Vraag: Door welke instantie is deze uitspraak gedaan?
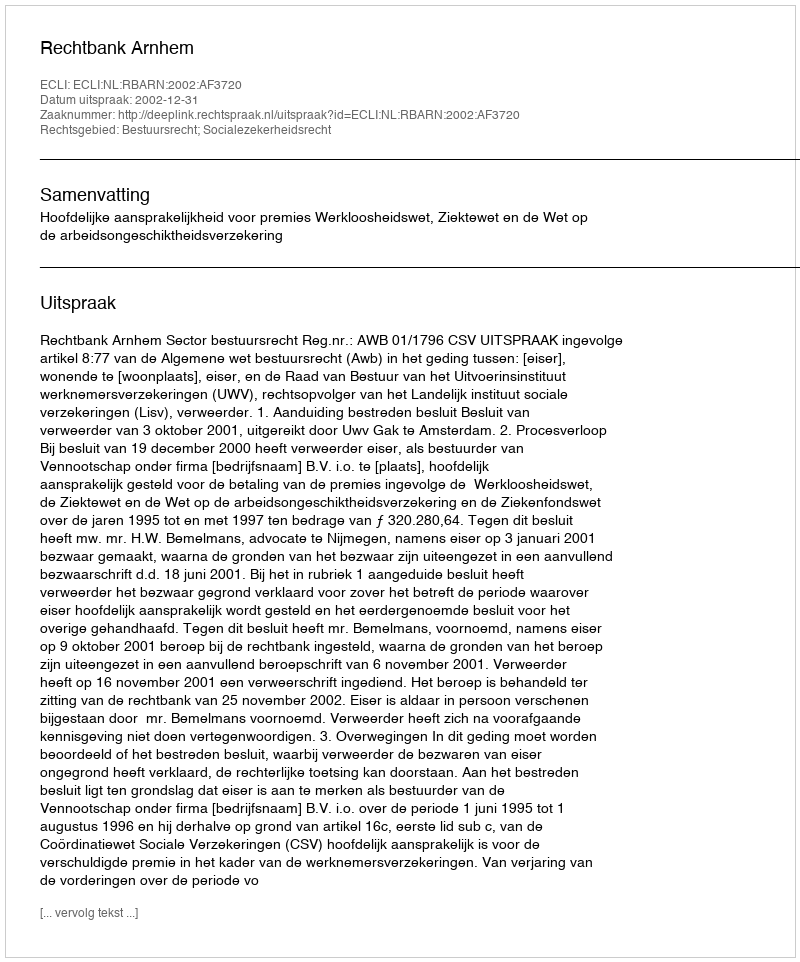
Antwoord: Rechtbank Arnhem